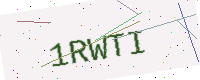
Text: 1RWTI